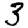
Digit: 3